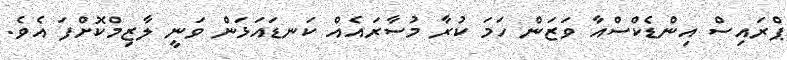
ޕްރައިސް އިންޑެކްސްއާ ވަޒަން ހަމަ ކުރާ މުސާރައެއް ކަނޑައަޅަން ވަނީ ލާޒިމްކޮށްފަ އެވެ.